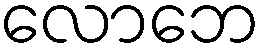
လောဘေ